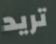
تريد